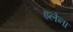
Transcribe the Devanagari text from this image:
इलेना